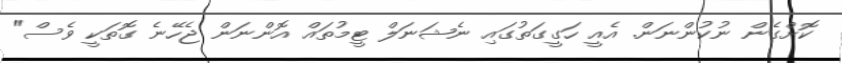
ކޮށްގެން ނުކުންނަން. އެއީ ހަގީގަތުގައި ނެޝަނަލް ޓީމުތައް އޮންނަން ޖެހޭނެ ގޮތަކީ ވެސް"